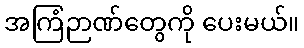
အကြံဉာဏ်တွေကို ပေးမယ်။